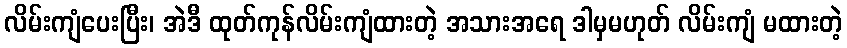
လိမ်းကျံပေးပြီး၊ အဲဒီ ထုတ်ကုန်လိမ်းကျံထားတဲ့ အသားအရေ ဒါမှမဟုတ် လိမ်းကျံ မထားတဲ့